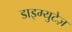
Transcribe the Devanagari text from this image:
डाइम्युटेज़